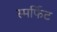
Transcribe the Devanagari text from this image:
स्मर्फिट